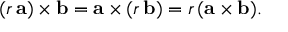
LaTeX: ( r \, \mathbf { a } ) \times \mathbf { b } = \mathbf { a } \times ( r \, \mathbf { b } ) = r \, ( \mathbf { a } \times \mathbf { b } ) .